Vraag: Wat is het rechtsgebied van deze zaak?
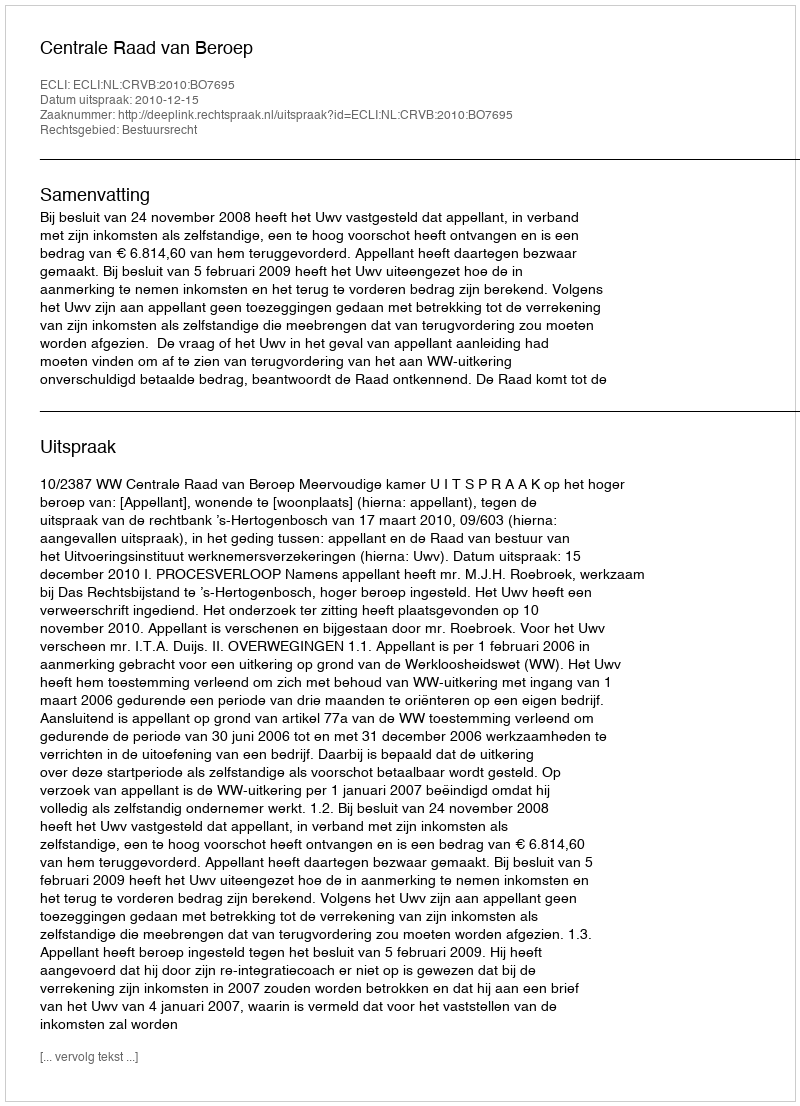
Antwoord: Bestuursrecht